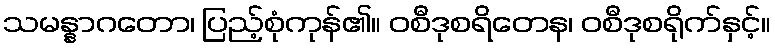
သမန္နာဂတော၊ ပြည့်စုံကုန်၏။ ဝစီဒုစရိတေန၊ ဝစီဒုစရိုက်နှင့်။